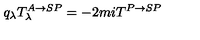
q _ { \lambda } T _ { \lambda } ^ { A \rightarrow S P } = - 2 m i T ^ { P \rightarrow S P }